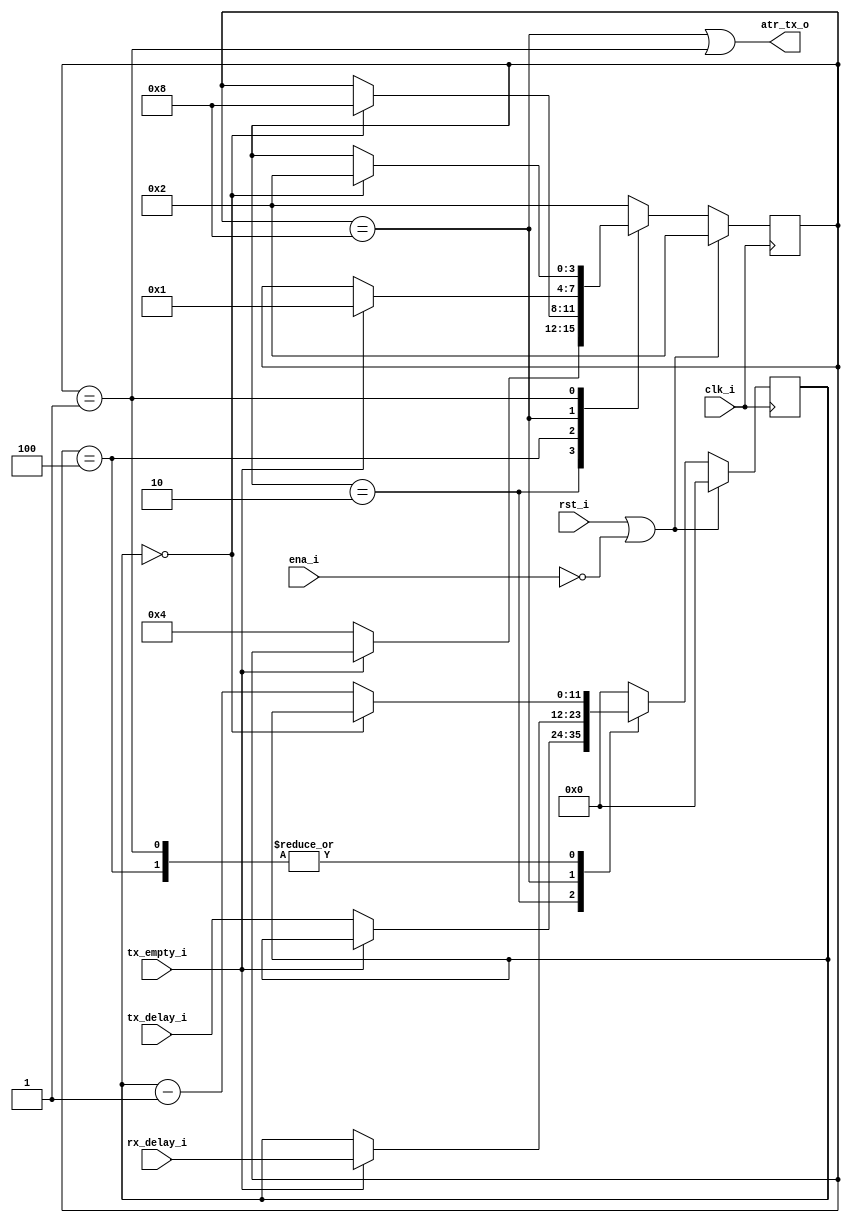
// -*- verilog -*-
//
//  USRP - Universal Software Radio Peripheral
//
//  Copyright (C) 2007 Corgan Enterprises LLC
//
//  This program is free software; you can redistribute it and/or modify
//  it under the terms of the GNU General Public License as published by
//  the Free Software Foundation; either version 2 of the License, or
//  (at your option) any later version.
//
//  This program is distributed in the hope that it will be useful,
//  but WITHOUT ANY WARRANTY; without even the implied warranty of
//  MERCHANTABILITY or FITNESS FOR A PARTICULAR PURPOSE.  See the
//  GNU General Public License for more details.
//
//  You should have received a copy of the GNU General Public License
//  along with this program; if not, write to the Free Software
//  Foundation, Inc., 51 Franklin Street, Boston, MA  02110-1301  USA
//

module atr_delay(clk_i,rst_i,ena_i,tx_empty_i,tx_delay_i,rx_delay_i,atr_tx_o);
   input        clk_i;
   input        rst_i;
   input        ena_i;
   input        tx_empty_i;
   input [11:0] tx_delay_i;
   input [11:0] rx_delay_i;
   output       atr_tx_o;

   reg [3:0] 	state;
   reg [11:0] 	count;

   `define ST_RX_DELAY 4'b0001
   `define ST_RX       4'b0010
   `define ST_TX_DELAY 4'b0100
   `define ST_TX       4'b1000

   always @(posedge clk_i)
     if (rst_i | ~ena_i)
       begin
	  state <= `ST_RX;
	  count <= 12'b0;
       end
     else
       case (state)
	 `ST_RX:
	   if (!tx_empty_i)
	     begin
		state <= `ST_TX_DELAY;
		count <= tx_delay_i;
	     end

	 `ST_TX_DELAY:
	   if (count == 0)
	     state <= `ST_TX;
	   else
	     count <= count - 1;

	 `ST_TX:
	   if (tx_empty_i)
	     begin
		state <= `ST_RX_DELAY;
		count <= rx_delay_i;
	     end

	 `ST_RX_DELAY:
	   if (count == 0)
	     state <= `ST_RX;
	   else
	     count <= count - 1;
	 
	 default:		// Error
	   begin
	      state <= `ST_RX;
	      count <= 0;
	   end
       endcase
   
   assign atr_tx_o = (state == `ST_TX) | (state == `ST_RX_DELAY);
   
endmodule // atr_delay